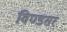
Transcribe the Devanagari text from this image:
विण्डसर